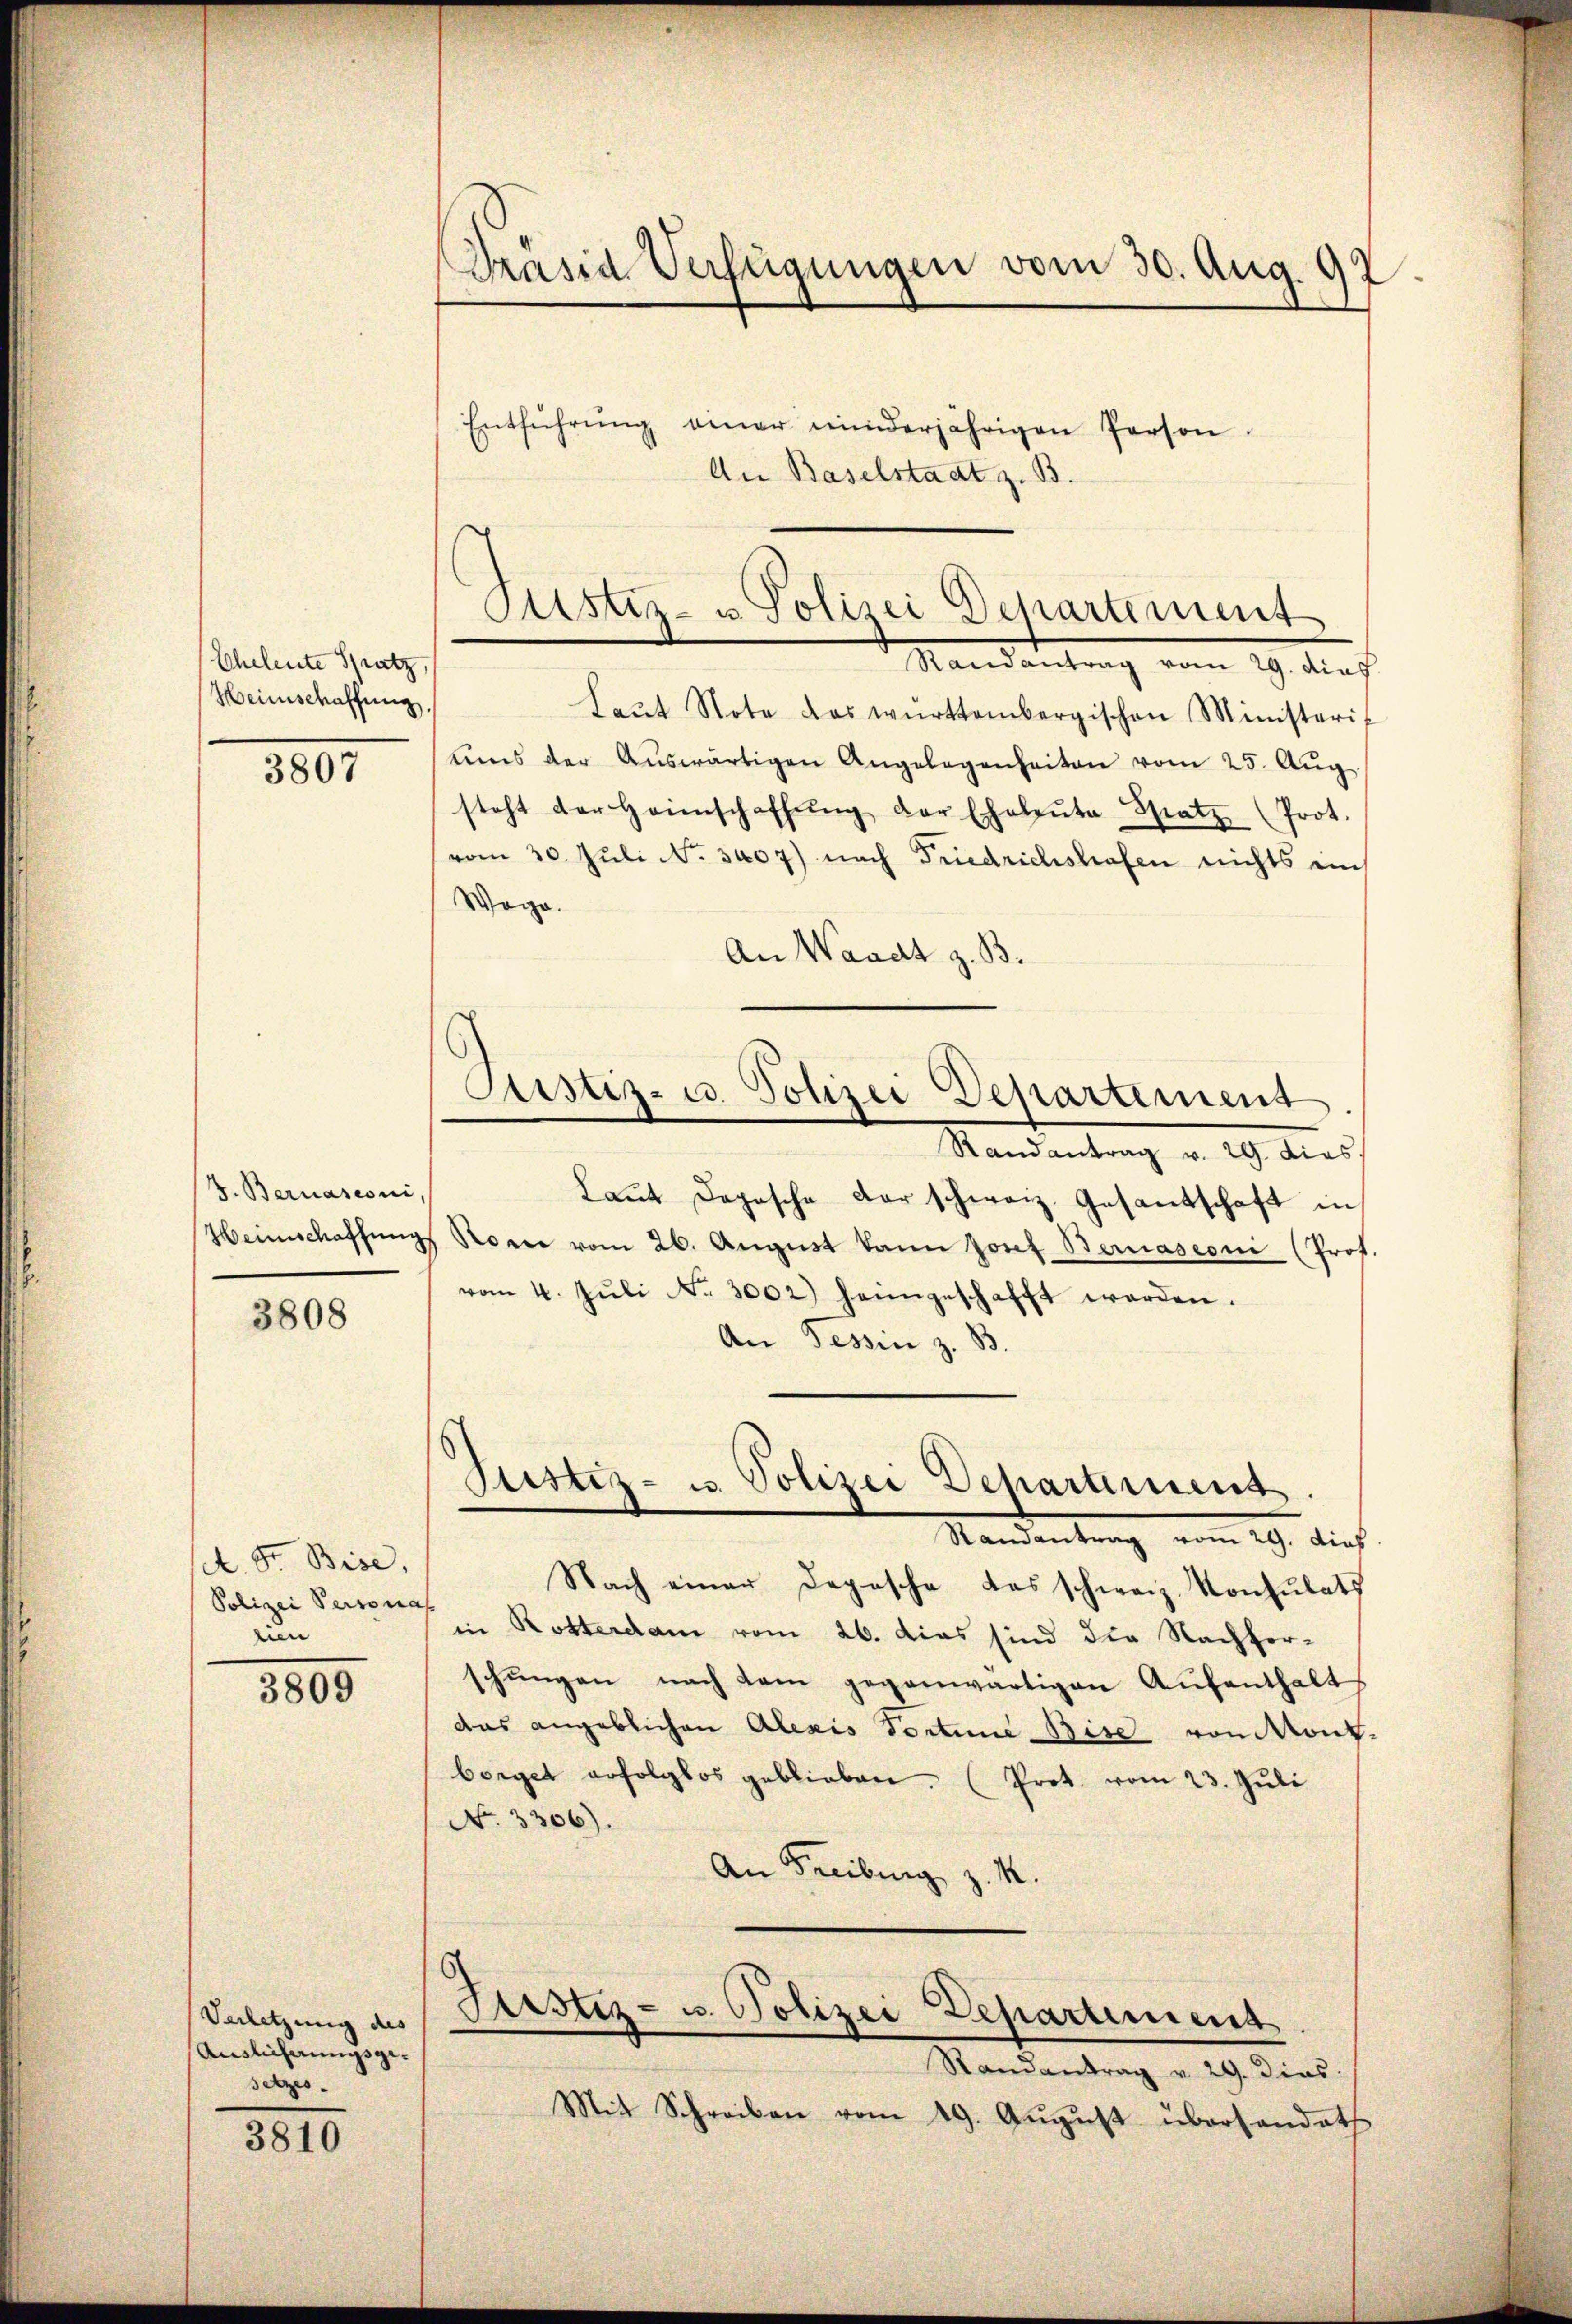
Scheleute Spatz,
Heimschaffung,

3807

3. Bernasconi,

3808

A. F. Bise,
Polizei Personas
lien

3805

Verletzung des
Auslicherungsgesetzes.

3810

Dräsid Verfügungen vom 30. Aug. 97.

Entführŭng einer minderjährigen Person
An Baselstadt z. B.

Justiz- u Polizei Departement
Mandantung vom 19. dies

Justiz- u. Polizei Departement

Laŭt Note das württembergischen Ministeris
ums der Aŭswärtigen Angelegenheiten vom 25. Aŭg.
steht der Heimschaffŭng der Eheleŭte Spatz (Prot.
vom 30. Juli N. 3407) nach Friedrichstrafen nichts im
Woge.
An Waadt z. B.
Randantrag v. 29. dies
Laut doposche der schweiz. Gesantschaft in
Weinschaffŭng Nonne vom 26. August kann Josef Bernasconi (Prof.
vom 4. Jŭli Nr. 3002) heimgeschafft werden.
An Tessin z. B.
Justiz- u. Polizei Dehartement.
Standentrag vom 19. dies
Nach einer Depesche das schweiz. Konsulats
in Rotterdam vom 26. das sind die Nachterschungen nach kam gegenwärtigen Aufenthalt
das angeblichen Alexis Portine Bise von Mont
borget erfolglos geblieben. (Prot. vom 23. Juli
No. 3306).
An Freiburg
.

Justiz- u. Polizei Departement

Randantrag v. 29. dies
Mit Schreiben vom 19. August überhandet